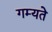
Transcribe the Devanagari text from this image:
गम्यते